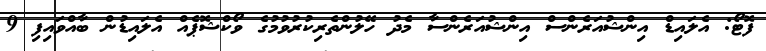
ފޮޓޯ: އެލައިޑް އިންޝުއަރެންސް އިންޝުއަރެންސާ މެދު ހޭލުންތެރިކުރުވުމުގެ ވޯކްޝޮޕެއް އެލައިޑުން ބާއްވައިފި 9